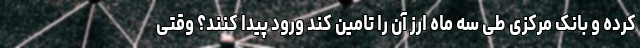
کرده و بانک مرکزی طی سه ماه ارز آن را تامین کند ورود پیدا کنند؟ وقتی